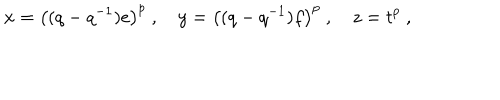
x = \left( ( q - q ^ { - 1 } ) e \right) ^ { p } ~ , ~ y = \left( ( q - q ^ { - 1 } ) f \right) ^ { p } ~ , ~ z = t ^ { p } ~ ,